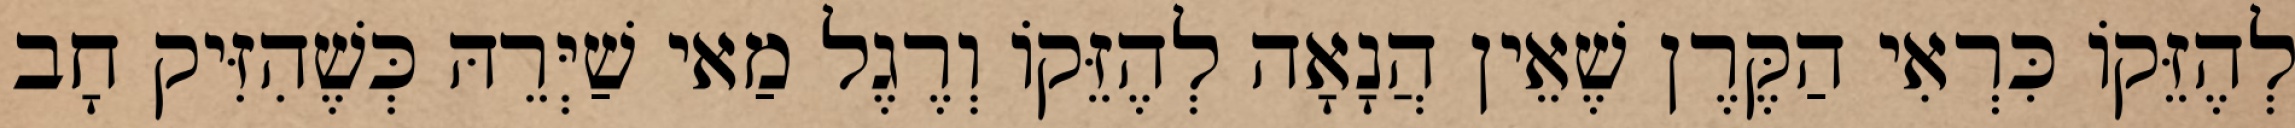
לְהֶזֵּקוֹ כִּרְאִי הַקֶּרֶן שֶׁאֵין הֲנָאָה לְהֶזֵּקוֹ וְרֶגֶל מַאי שַׁיְּרֵהּ כְּשֶׁהִזִּיק חָב